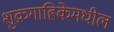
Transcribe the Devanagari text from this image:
शुक्रगाहिकेमधील